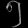
Digit: ၅